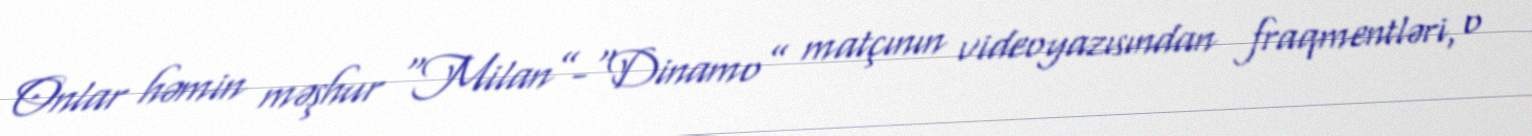
Onlar həmin məşhur “Milan”-“Dinamo” matçının videoyazısından fraqmentləri, o